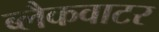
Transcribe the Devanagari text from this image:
ब्लैकवाटर